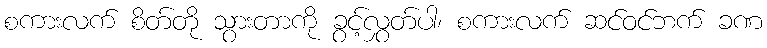
စကားလက် စိတ်တို သွားတာကို ခွင့်လွှတ်ပါ၊ စကားလက် ဆင်ဝင်ဘက် ခဏ